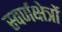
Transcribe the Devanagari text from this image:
स्वर्णक्षेत्रों